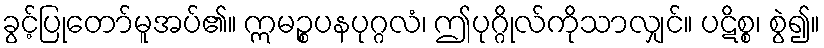
ခွင့်ပြုတော်မူအပ်၏။ ဣမဉ္စပနပုဂ္ဂလံ၊ ဤပုဂ္ဂိုလ်ကိုသာလျှင်။ ပဋိစ္စ၊ စွဲ၍။